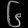
Digit: ၆